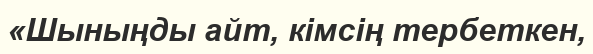
«Шыныңды айт, кімсің тербеткен,